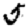
Digit: 5